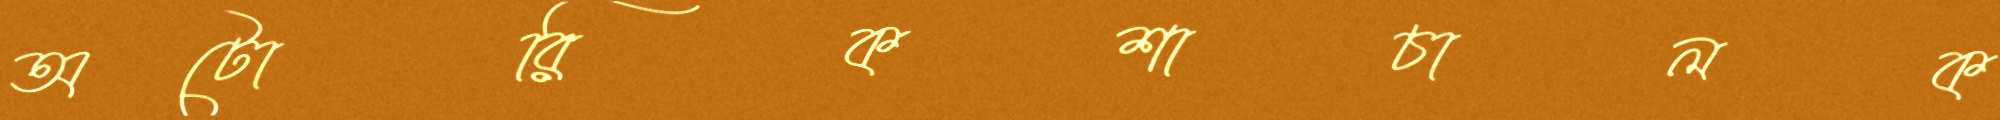
অটোরিকশাচালক